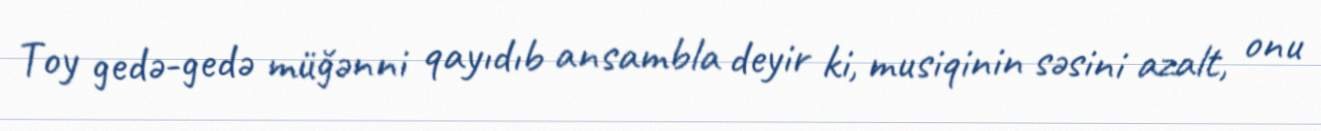
Toy gedə-gedə müğənni qayıdıb ansambla deyir ki, musiqinin səsini azalt, onu